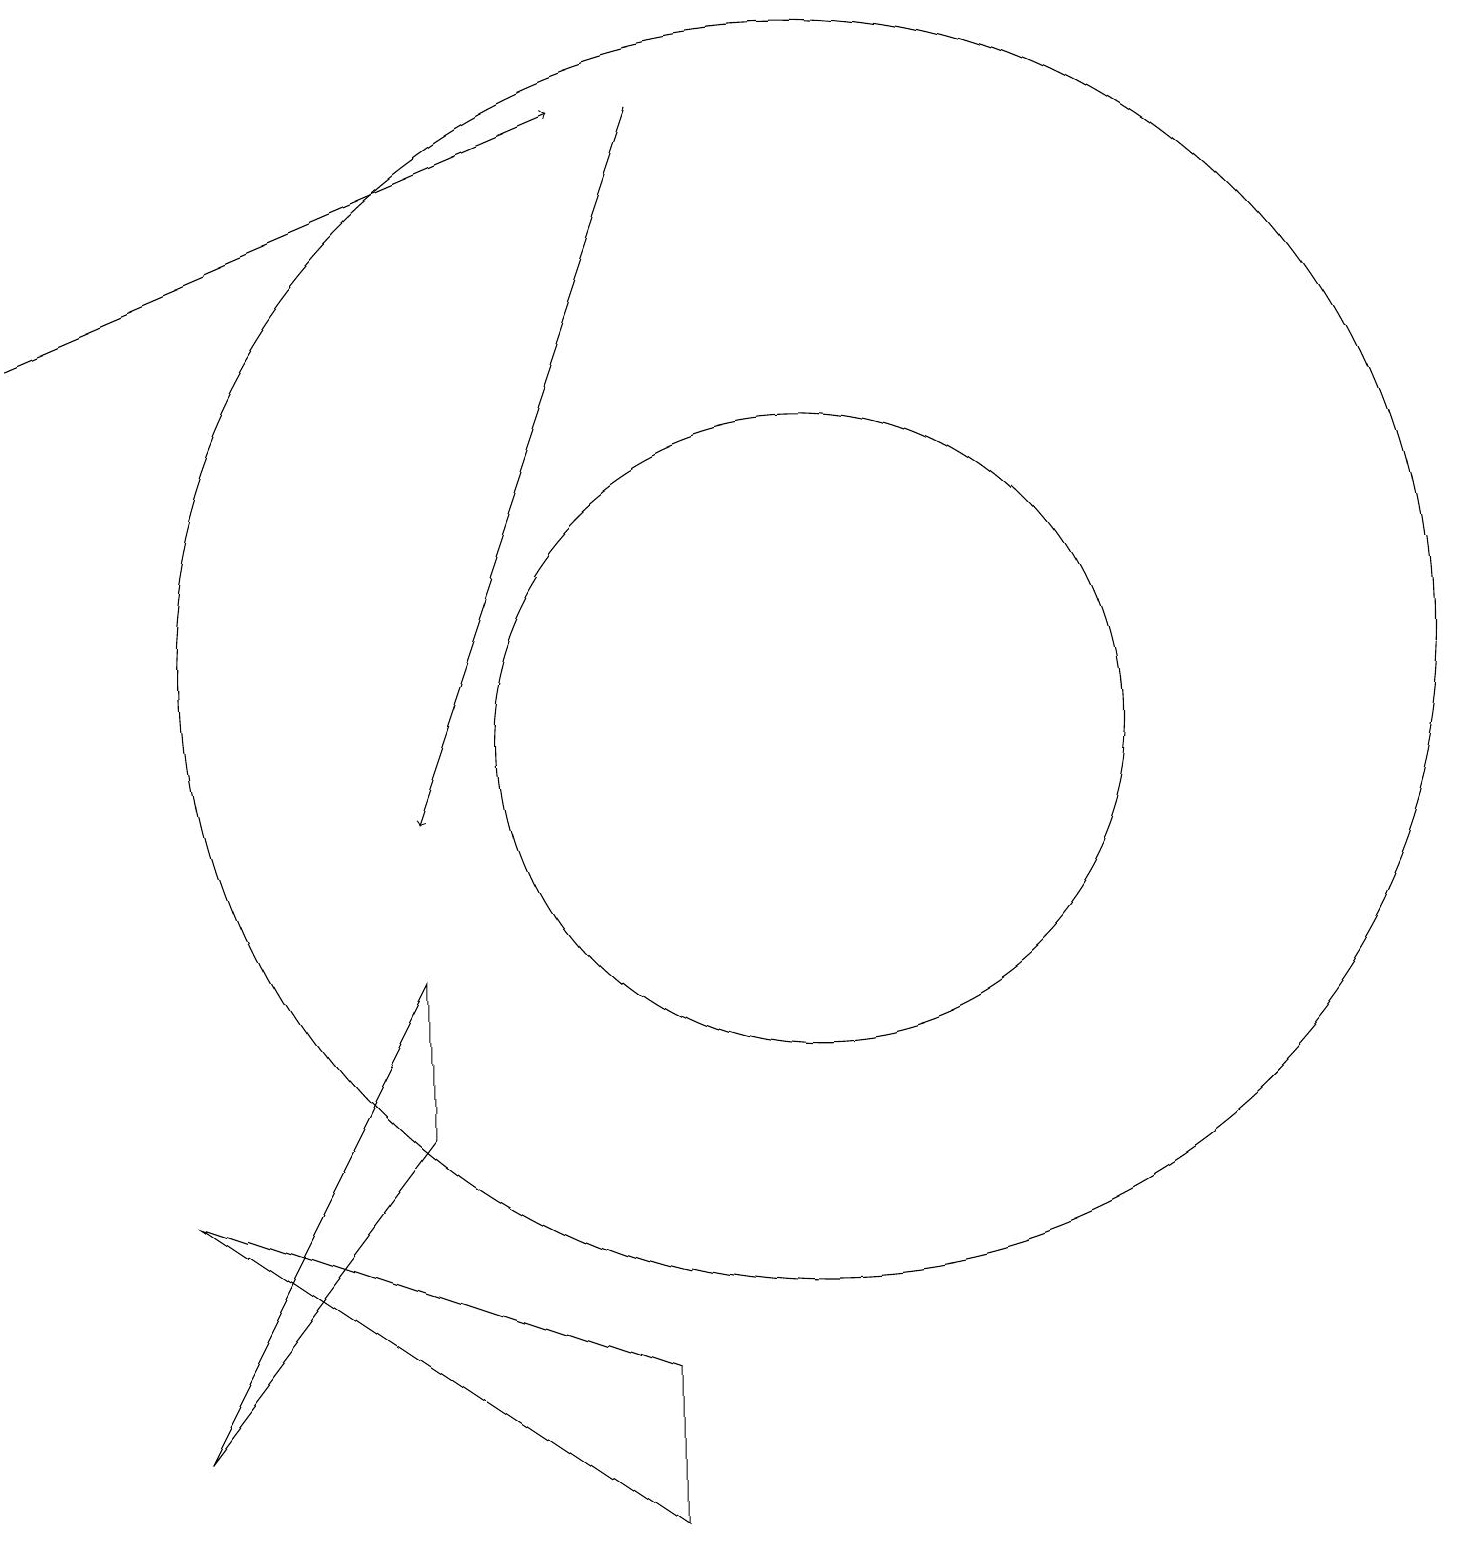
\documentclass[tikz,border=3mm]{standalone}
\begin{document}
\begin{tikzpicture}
\draw[->] (1,16) -- (8,19);
\draw (6,6) -- (3,2) -- (6,8) -- cycle;
\draw[->] (9,19) -- (6,10);
\draw (11,11) circle (4);
\draw (9,1) -- (9,3) -- (3,5) -- cycle;
\draw (11,12) circle (8);
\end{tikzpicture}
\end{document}